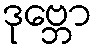
ဒုဗ္ဘော